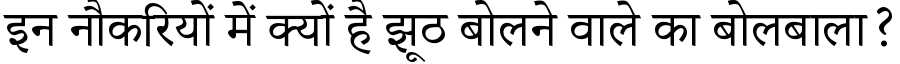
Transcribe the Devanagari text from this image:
इन नौकरियों में क्यों है झूठ बोलने वाले का बोलबाला?